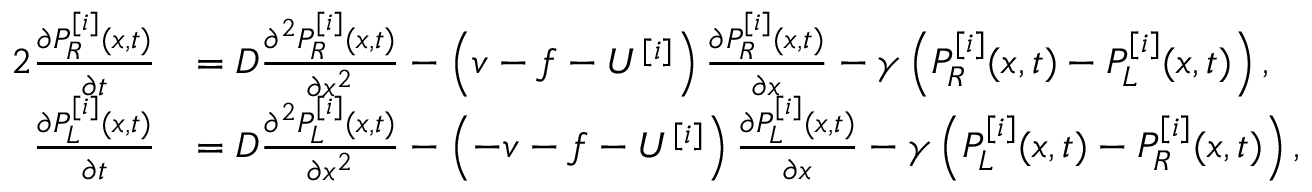
\begin{array} { r l } { { 2 } \frac { \partial P _ { R } ^ { [ i ] } ( x , t ) } { \partial t } } & { = D \frac { \partial ^ { 2 } P _ { R } ^ { [ i ] } ( x , t ) } { \partial x ^ { 2 } } - \left( v - f - U ^ { [ i ] } \right) \frac { \partial P _ { R } ^ { [ i ] } ( x , t ) } { \partial x } - \gamma \left( P _ { R } ^ { [ i ] } ( x , t ) - P _ { L } ^ { [ i ] } ( x , t ) \right) , } \\ { \frac { \partial P _ { L } ^ { [ i ] } ( x , t ) } { \partial t } } & { = D \frac { \partial ^ { 2 } P _ { L } ^ { [ i ] } ( x , t ) } { \partial x ^ { 2 } } - \left( - v - f - U ^ { [ i ] } \right) \frac { \partial P _ { L } ^ { [ i ] } ( x , t ) } { \partial x } - \gamma \left( P _ { L } ^ { [ i ] } ( x , t ) - P _ { R } ^ { [ i ] } ( x , t ) \right) , } \end{array}